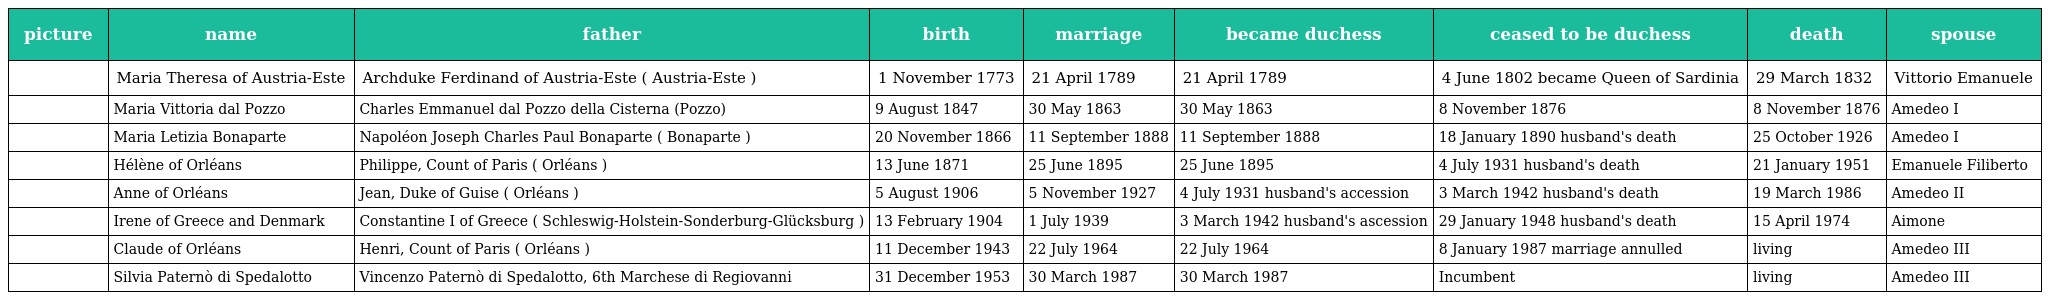
| picture | name | father | birth | marriage | became duchess | ceased to be duchess | death | spouse |
 | --- | --- | --- | --- | --- | --- | --- | --- | --- |
 |  | Maria Theresa of Austria-Este | Archduke Ferdinand of Austria-Este ( Austria-Este ) | 1 November 1773 | 21 April 1789 | 21 April 1789 | 4 June 1802 became Queen of Sardinia | 29 March 1832 | Vittorio Emanuele |
 |  | Maria Vittoria dal Pozzo | Charles Emmanuel dal Pozzo della Cisterna (Pozzo) | 9 August 1847 | 30 May 1863 | 30 May 1863 | 8 November 1876 | 8 November 1876 | Amedeo I |
 |  | Maria Letizia Bonaparte | Napoléon Joseph Charles Paul Bonaparte ( Bonaparte ) | 20 November 1866 | 11 September 1888 | 11 September 1888 | 18 January 1890 husband's death | 25 October 1926 | Amedeo I |
 |  | Hélène of Orléans | Philippe, Count of Paris ( Orléans ) | 13 June 1871 | 25 June 1895 | 25 June 1895 | 4 July 1931 husband's death | 21 January 1951 | Emanuele Filiberto |
 |  | Anne of Orléans | Jean, Duke of Guise ( Orléans ) | 5 August 1906 | 5 November 1927 | 4 July 1931 husband's accession | 3 March 1942 husband's death | 19 March 1986 | Amedeo II |
 |  | Irene of Greece and Denmark | Constantine I of Greece ( Schleswig-Holstein-Sonderburg-Glücksburg ) | 13 February 1904 | 1 July 1939 | 3 March 1942 husband's ascession | 29 January 1948 husband's death | 15 April 1974 | Aimone |
 |  | Claude of Orléans | Henri, Count of Paris ( Orléans ) | 11 December 1943 | 22 July 1964 | 22 July 1964 | 8 January 1987 marriage annulled | living | Amedeo III |
 |  | Silvia Paternò di Spedalotto | Vincenzo Paternò di Spedalotto, 6th Marchese di Regiovanni | 31 December 1953 | 30 March 1987 | 30 March 1987 | Incumbent | living | Amedeo III |